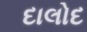
દાલોદ